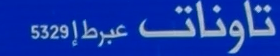
تاونات عيرط إ 5